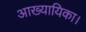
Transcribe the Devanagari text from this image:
आख्यायिका।